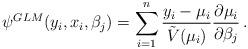
LaTeX: \begin{align*}\psi^{GLM} (y_i, x_i, \beta_j) = \sum_{i=1}^n \frac{y_i - \mu_i}{\tilde{V}(\mu_i)} \frac{\partial \mu_i}{\partial \beta_j} \,.\end{align*}